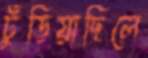
ঢুঁড়িয়াছিলে